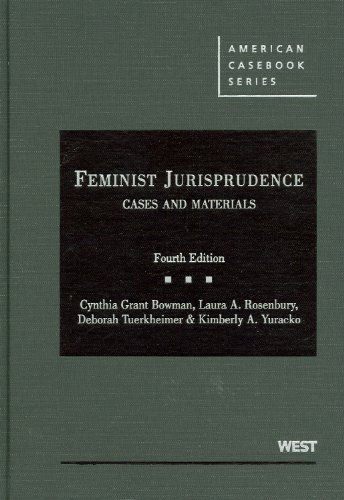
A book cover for Feminist Jurisprudence: Cases and Materials, 4th Edition (American Casebook Series); Cynthia Bowman; Law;